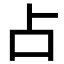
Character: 占